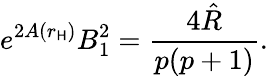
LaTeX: e^{2A(r_{\mathsf{H}})}B_{1}^{2}=\frac{{4\hat{{R}}}}{{p(p+1)}}.